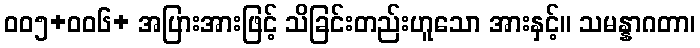
ဝဝ၅+ဝဝ၆+ အပြားအားဖြင့် သိခြင်းတည်းဟူသော အားနှင့်။ သမန္နာဂတာ၊